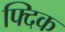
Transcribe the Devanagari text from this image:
फ्दिक